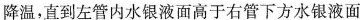
降温，直到左管内水银液面高于右管下方水银液面